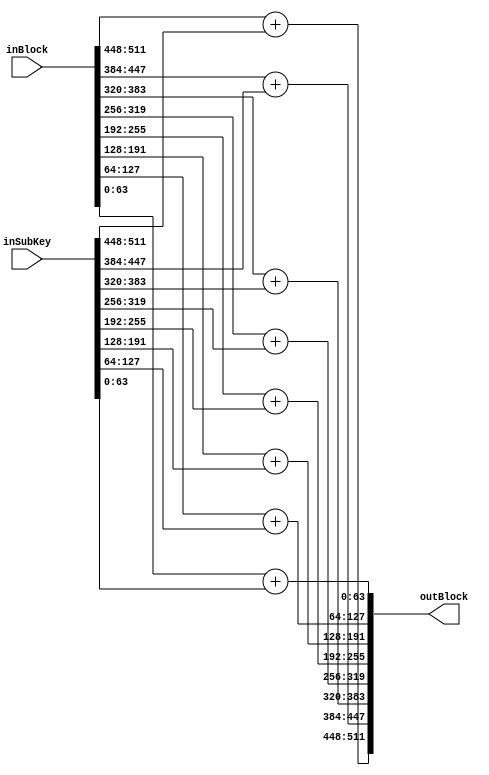
// Simple xor of subkey with state, where word is 64 bits.


module AddKeyFunc (
	input wire	[511:0] inBlock,
	input wire	[511:0] inSubKey,
	output wire [511:0] outBlock);


assign outBlock[511:448] = inBlock[511:448] + inSubKey[511:448];
assign outBlock[447:384] = inBlock[447:384] + inSubKey[447:384];
assign outBlock[383:320] = inBlock[383:320] + inSubKey[383:320];
assign outBlock[319:256] = inBlock[319:256] + inSubKey[319:256];
assign outBlock[255:192] = inBlock[255:192] + inSubKey[255:192];
assign outBlock[191:128] = inBlock[191:128] + inSubKey[191:128];
assign outBlock[127:64]  = inBlock[127:64]  + inSubKey[127:64] ;
assign outBlock[63:0]    = inBlock[63:0]    + inSubKey[63:0]   ;

endmodule